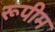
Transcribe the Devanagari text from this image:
रूपीम